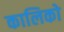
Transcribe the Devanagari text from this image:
कालिको